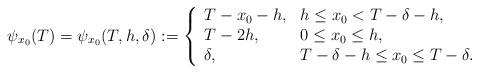
LaTeX: \begin{align*} \psi_{x_0}(T)=\psi_{x_0}(T, h, \delta):=\left\{\begin{array}{ll} T-x_0-h, & h \leq x_0< T-\delta-h,\\ T-2h, & 0 \leq x_0\leq h,\\ \delta, & T-\delta - h\leq x_0\leq T-\delta. \end{array}\right.\end{align*}